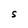
Character: S